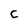
Character: C